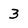
Character: 3